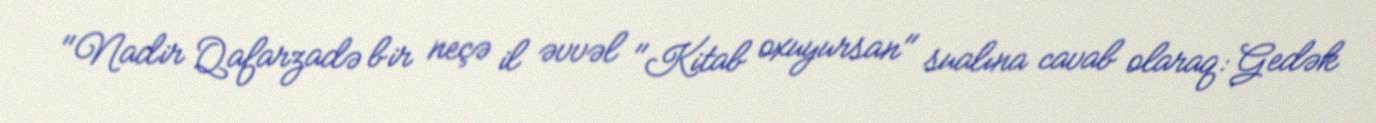
"Nadir Qafarzadə bir neçə il əvvəl "Kitab oxuyursan" sualına cavab olaraq: Gedək